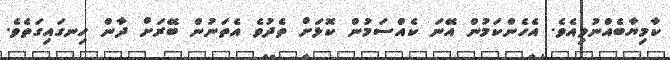
ކާމިޔާބެއްނުވިއެވެ. އެހެންކަމުން އޭނަ ކެއްސަމުން ކޮޅަށް ތެދުވެ އެތަނުން ބޭރަށް ދާން ހިނގައިގަތެވެ.